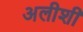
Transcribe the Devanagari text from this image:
अलीशी